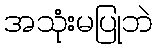
အသုံးမပြုဘဲ